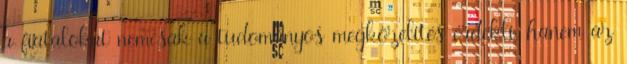
a fiatalokat nemcsak a tudományos megközelítés érdekli, hanem az